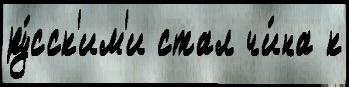
ру́сск'им'и стал чи́на к